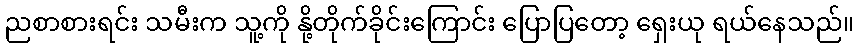
ညစာစားရင်း သမီးက သူ့ကို နို့တိုက်ခိုင်းကြောင်း ပြောပြတော့ ရှေးယု ရယ်နေသည်။